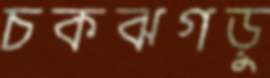
চকঝগড়ু